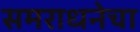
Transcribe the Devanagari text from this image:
समराधनेचा